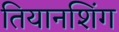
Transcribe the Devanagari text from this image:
तियानशिंग